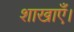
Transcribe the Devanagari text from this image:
शाखाएँ।